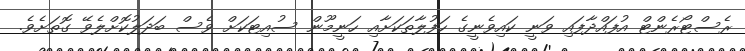
ރެސްޓޯރެންޓް އުފައްދާފައި ވަނީ ކައިވެނީގެ ހަފުލާތަކަށާއި ހަނީމޫން ސުއިޓަކަށް ވެސް ބަދަލުކޮށްލެވޭ ގޮތަށެވެ.